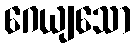
ဂေယျသော